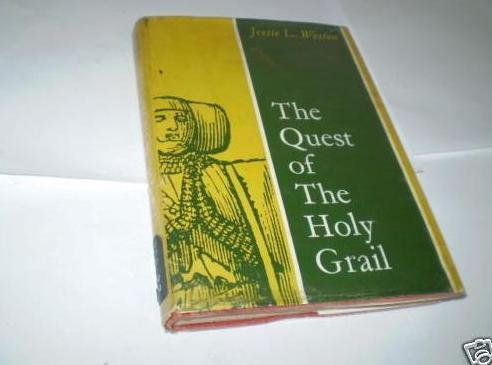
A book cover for The Quest of the Holy Grail; Jessie L. Weston; Literature & Fiction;